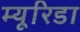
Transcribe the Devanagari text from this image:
म्यूरिडा